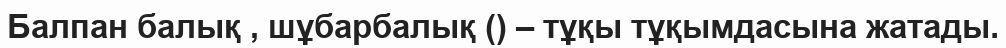
Балпан балық , шұбарбалық () – тұқы тұқымдасына жатады.